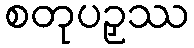
စတုပဉှဿ